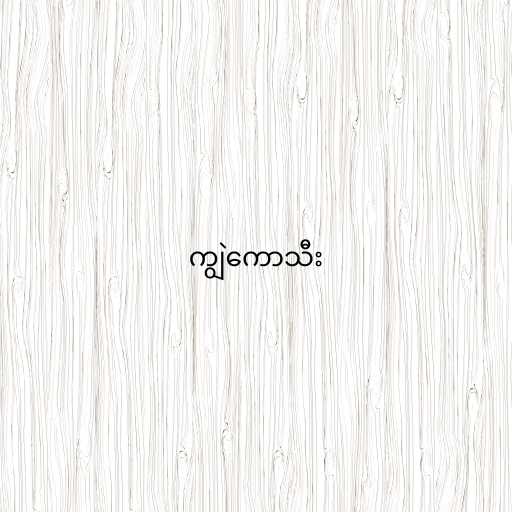
ကျွဲကောသီး